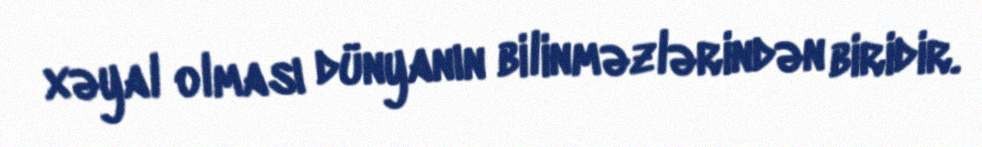
xəyal olması dünyanın bilinməzlərindən biridir.